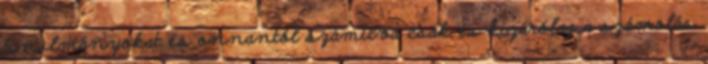
tanulmányokat és onnantól számítva csak és kizárólag a számolás